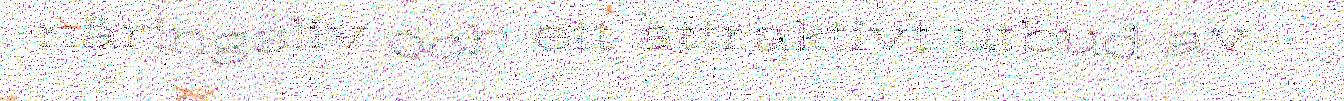
näringsliv och ett attraktivt utbud av